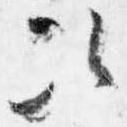
次